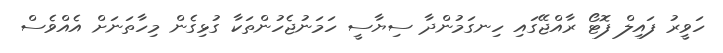
ހަވީރު ފައިލް ފޮޓޯ ރާއްޖޭގައި ހިނގަމުންދާ ސިޔާސީ ހަމަނުޖެހުންތަކާ ގުޅިގެން މިހާތަނަށް އެއްވެސް